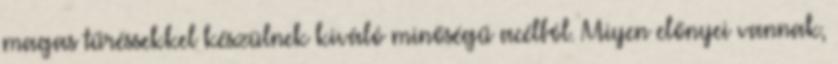
magas tűréssekkel készülnek kiváló minőségű acélból. Miyen előnyei vannak,